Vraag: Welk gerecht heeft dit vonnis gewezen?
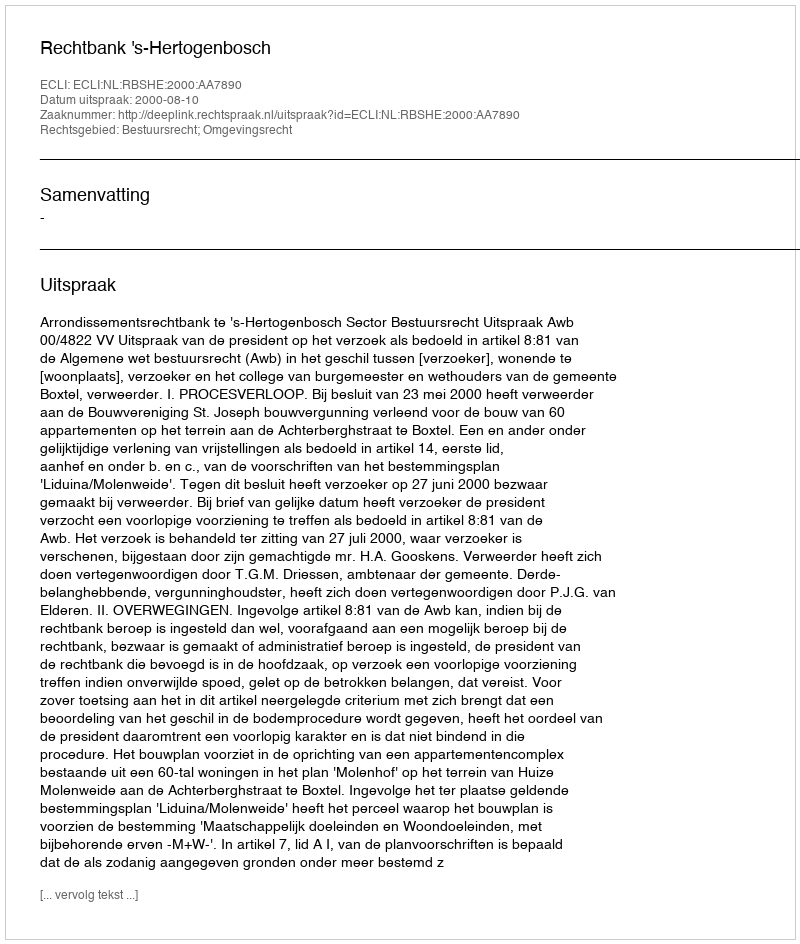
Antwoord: Rechtbank 's-Hertogenbosch